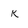
Character: K